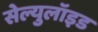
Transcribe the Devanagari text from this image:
सेल्युलॉइड